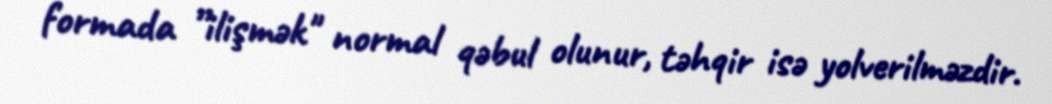
formada ”ilişmək" normal qəbul olunur, təhqir isə yolverilməzdir.